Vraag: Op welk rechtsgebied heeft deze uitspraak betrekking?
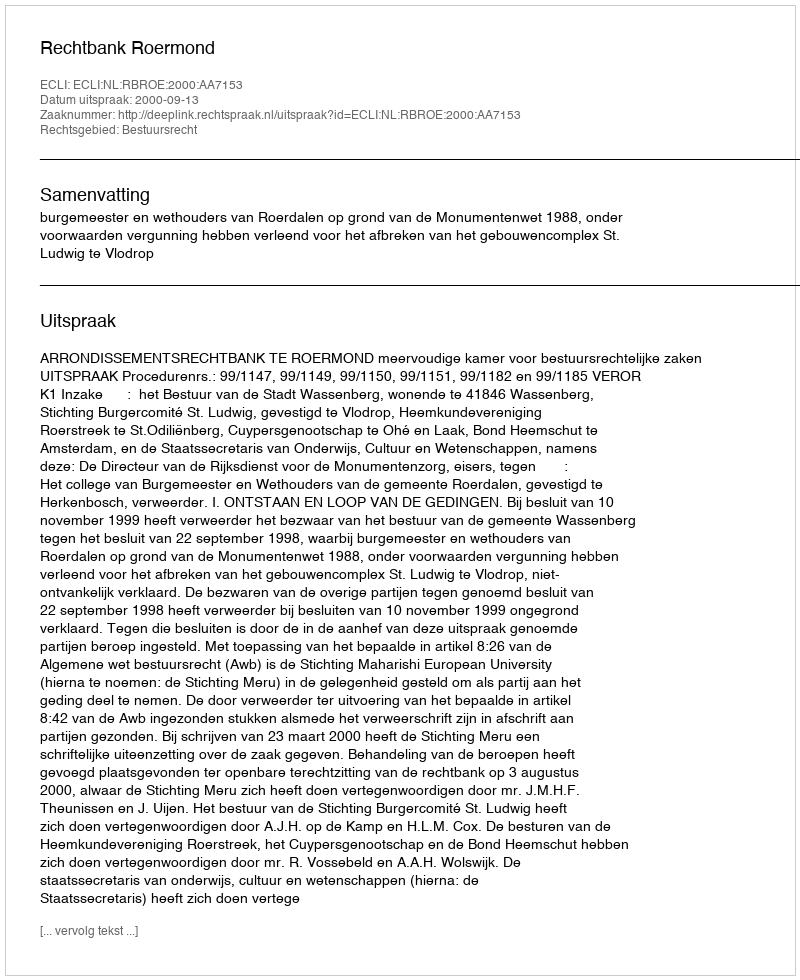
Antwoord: Bestuursrecht